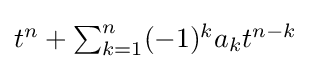
{\textstyle t^{n}+\sum _{k=1}^{n}(-1)^{k}a_{k}t^{n-k}}